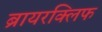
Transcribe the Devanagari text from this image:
ब्रायरक्लिफ